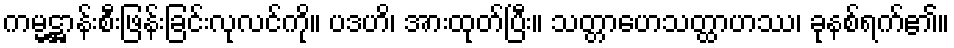
ကမ္မဋ္ဌာန်းစီးဖြန်းခြင်းလုလင်ကို။ ပဒဟိ၊ အားထုတ်ပြီး။ သတ္တာဟေသတ္ထာဟဿ၊ ခုနစ်ရက်၏။